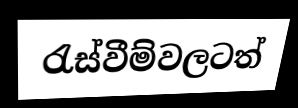
රැස්වීම්වලටත්